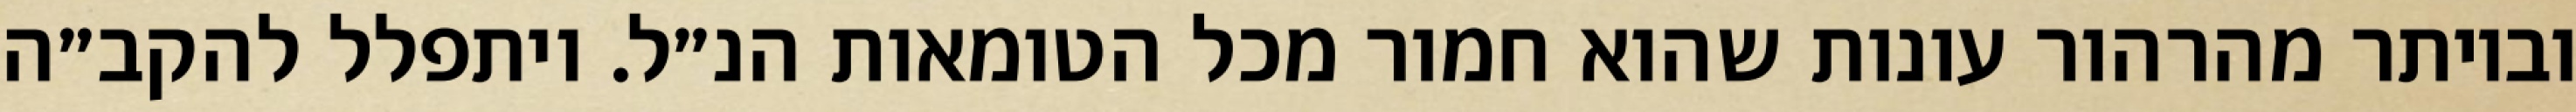
וביותר מהרהור עונות שהוא חמור מכל הטומאות הנ״ל. ויתפלל להקב״ה